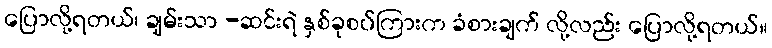
ပြောလို့ရတယ်၊ ချမ်းသာ -ဆင်းရဲ နှစ်ခုစပ်ကြားက ခံစားချက် လို့လည်း ပြောလို့ရတယ်။